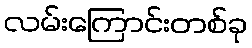
လမ်းကြောင်းတစ်ခု